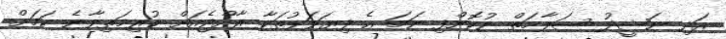
އަދި ނަޝީދު ސަލާމަތް ނުކޮށްފި ނަމަ އެ ފިޔަވަޅުތަކާ ރާއްޖެއަށް ކުރިމަތިވާނެ ކަމަށް